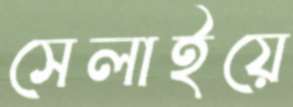
সেলাইয়ে